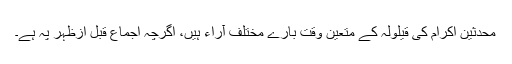
محدثین اکرام کی قیلولہ کے متعین وقت بارے مختلف آراء ہیں، اگرچہ اجماع قبل ازظہر پہ ہے۔